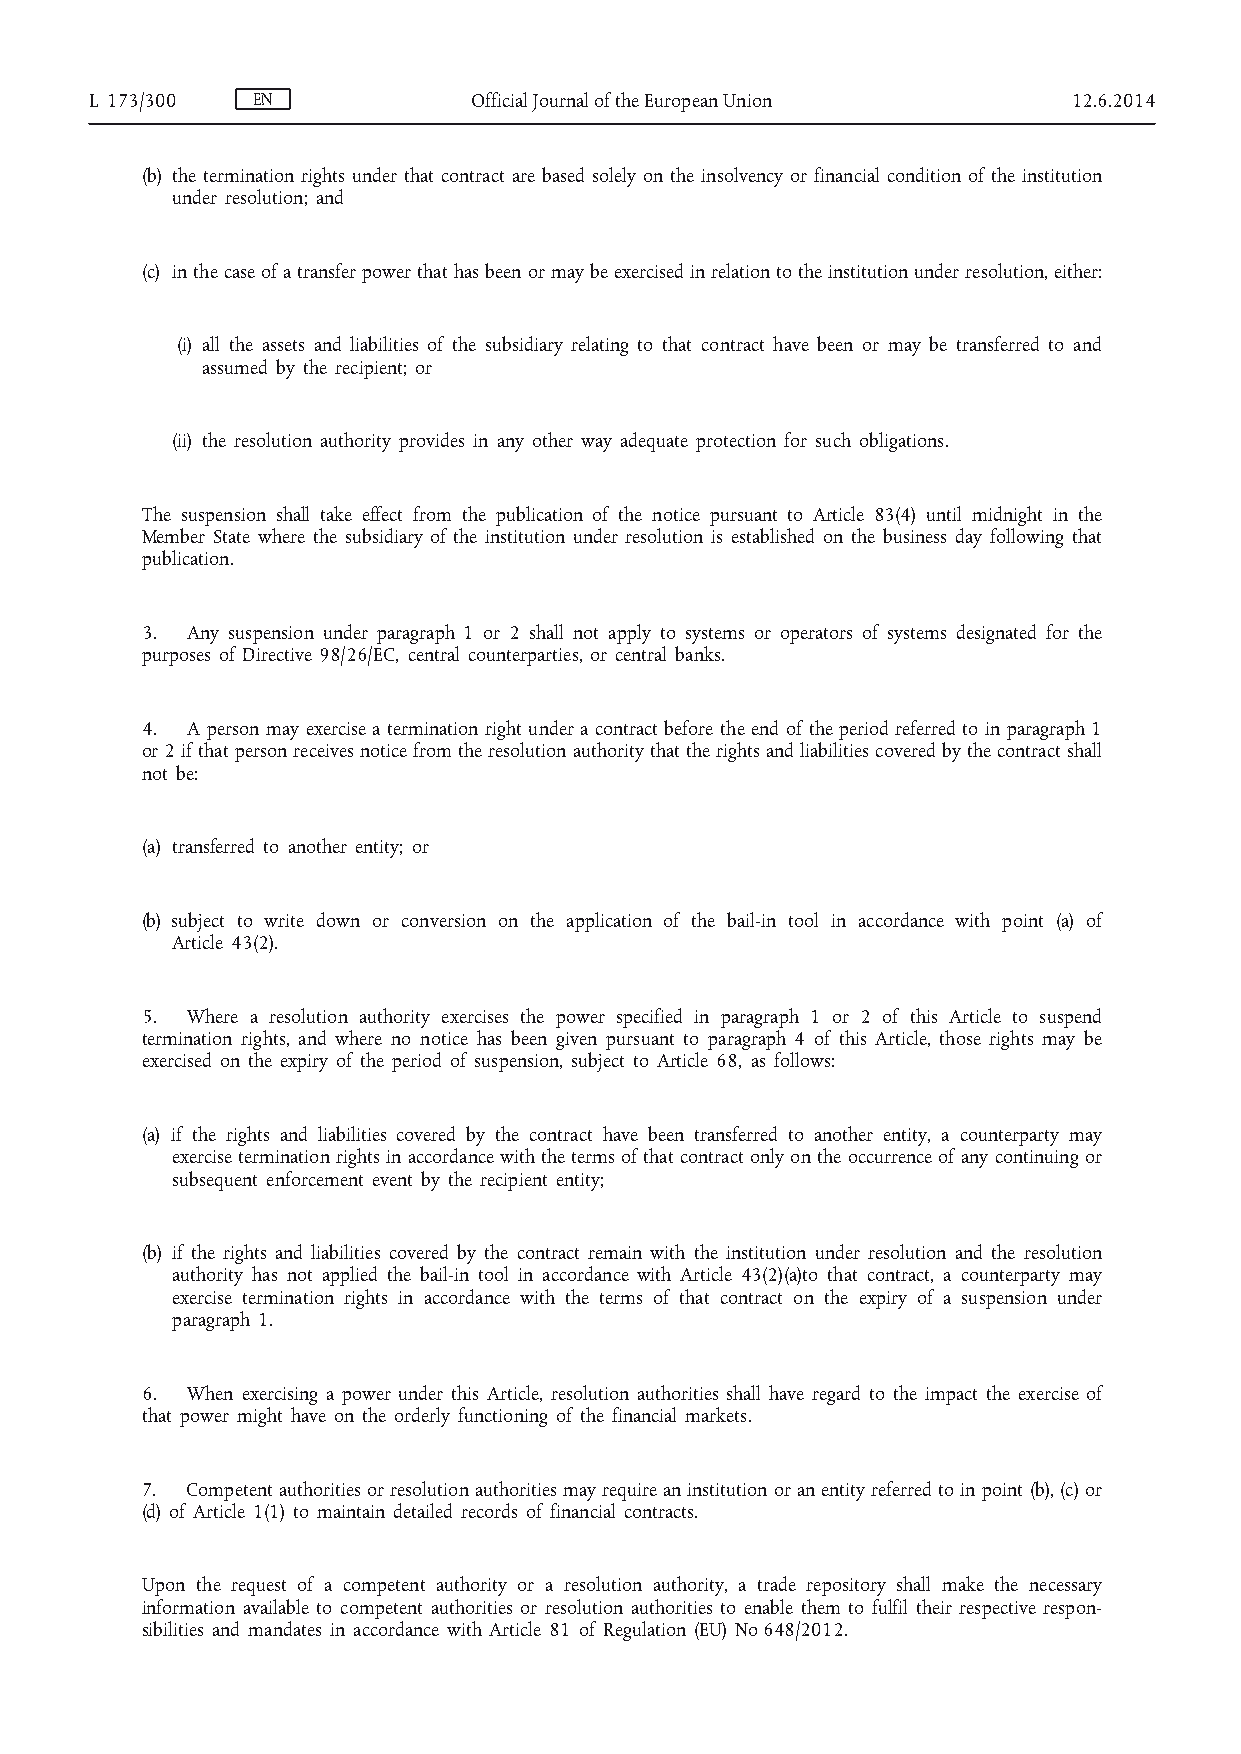
L 173/300  EN            Official Journal of the European Union  12.6.2014
 (b) the termination rights under that contract are based solely on the insolvency or financial condition of the institution
 under resolution; and
 (c) in the case of a transfer power that has been or may be exercised in relation to the institution under resolution, either:
 (i) all the assets and liabilities of the subsidiary relating to that contract have been or may be transferred to and
 assumed by the recipient; or
 (ii) the resolution authority provides in any other way adequate protection for such obligations.
 The suspension shall take effect from the publication of the notice pursuant to Article 83(4) until midnight in the
 Member State where the subsidiary of the institution under resolution is established on the business day following that
 publication.
 3. Any suspension under paragraph 1 or 2 shall not apply to systems or operators of systems designated for the
 purposes of Directive 98/26/EC, central counterparties, or central banks.
 4. A person may exercise a termination right under a contract before the end of the period referred to in paragraph 1
 or 2 if that person receives notice from the resolution authority that the rights and liabilities covered by the contract shall
 not be:
 (a) transferred to another entity; or
 (b) subject to write down or conversion on the application of the bail-in tool in accordance with point (a) of
 Article 43(2).
 5. Where a resolution authority exercises the power specified in paragraph 1 or 2 of this Article to suspend
 termination rights, and where no notice has been given pursuant to paragraph 4 of this Article, those rights may be
 exercised on the expiry of the period of suspension, subject to Article 68, as follows:
 (a) if the rights and liabilities covered by the contract have been transferred to another entity, a counterparty may
 exercise termination rights in accordance with the terms of that contract only on the occurrence of any continuing or
 subsequent enforcement event by the recipient entity;
 (b) if the rights and liabilities covered by the contract remain with the institution under resolution and the resolution
 authority has not applied the bail-in tool in accordance with Article 43(2)(a)to that contract, a counterparty may
 exercise termination rights in accordance with the terms of that contract on the expiry of a suspension under
 paragraph 1.
 6. When exercising a power under this Article, resolution authorities shall have regard to the impact the exercise of
 that power might have on the orderly functioning of the financial markets.
 7. Competent authorities or resolution authorities may require an institution or an entity referred to in point (b), (c) or
 (d) of Article 1(1) to maintain detailed records of financial contracts.
 Upon the request of a competent authority or a resolution authority, a trade repository shall make the necessary
 information available to competent authorities or resolution authorities to enable them to fulfil their respective respon­
 sibilities and mandates in accordance with Article 81 of Regulation (EU) No 648/2012.